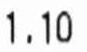
1.10